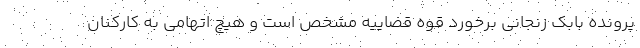
پرونده بابک زنجانی برخورد قوه قضاییه مشخص است و هیچ اتهامی به کارکنان